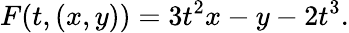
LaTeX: F(t,(x,y))=3t^{2}x-y-2t^{3}.